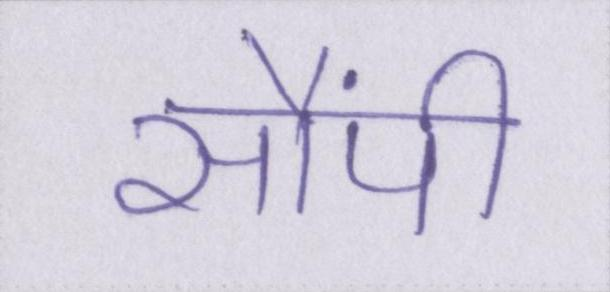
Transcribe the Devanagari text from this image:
सौंपी